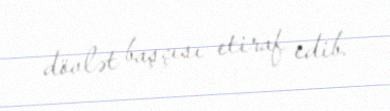
dövlət başçısı etiraf edib.